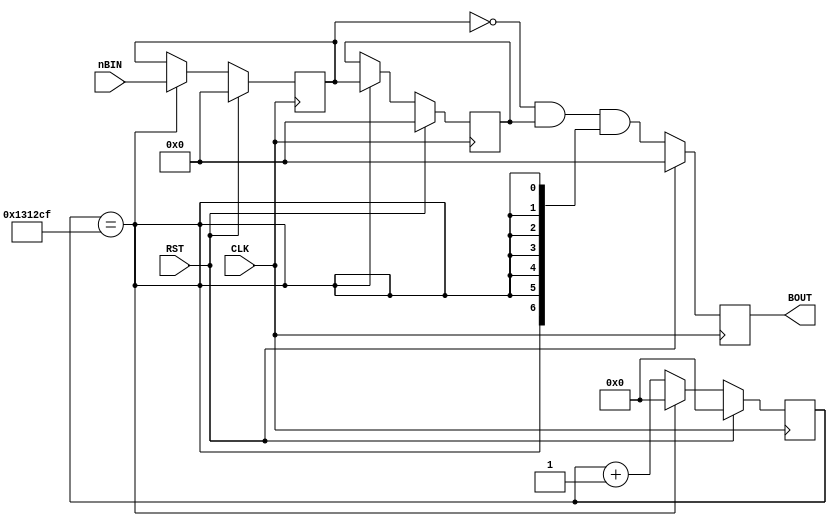
module BTN_IN(
    input CLK, RST,
    input [6:0] nBIN, // SEL,DEC,CLR,QUE,READY 
    output reg [6:0] BOUT
);

reg [20:0] cnt;

wire en40hz = (cnt == 1250000-1);

always @(posedge CLK) begin
    if(RST)
	cnt <= 21'b0;
    else if(en40hz)
	cnt <= 21'b0;
    else
	cnt <= cnt + 21'b1;
end

reg [6:0] ff1, ff2;

always @(posedge CLK) begin
    if(RST) begin
    ff2 <= 7'b0;
	ff1 <= 7'b0;
    end
    else if(en40hz) begin
	ff2 <= ff1;
	ff1 <= nBIN;
    end
end

wire [6:0] temp = ~ff1 & ff2 & {7{en40hz}};

always @(posedge CLK) begin
    if(RST)
	BOUT <= 7'b0;
    else
	BOUT <= temp;
end

endmodule